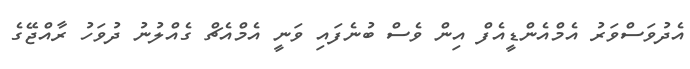
އެދުވަސްވަރު އެމްއެންޑީއެފް އިން ވެސް ބުނެފައި ވަނީ އެމްއެޗް ގެއްލުނު ދުވަހު ރާއްޖޭގެ